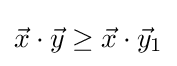
{\vec {x}}\cdot {\vec {y}}\geq {\vec {x}}\cdot {\vec {y}}_{1}